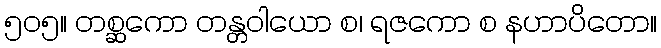
၅၀၅။ တစ္ဆကော တန္တဝါယော စ၊ ရဇကော စ နဟာပိတော။